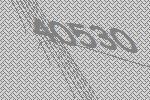
40530